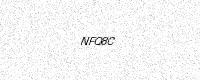
Text: NFQ8C